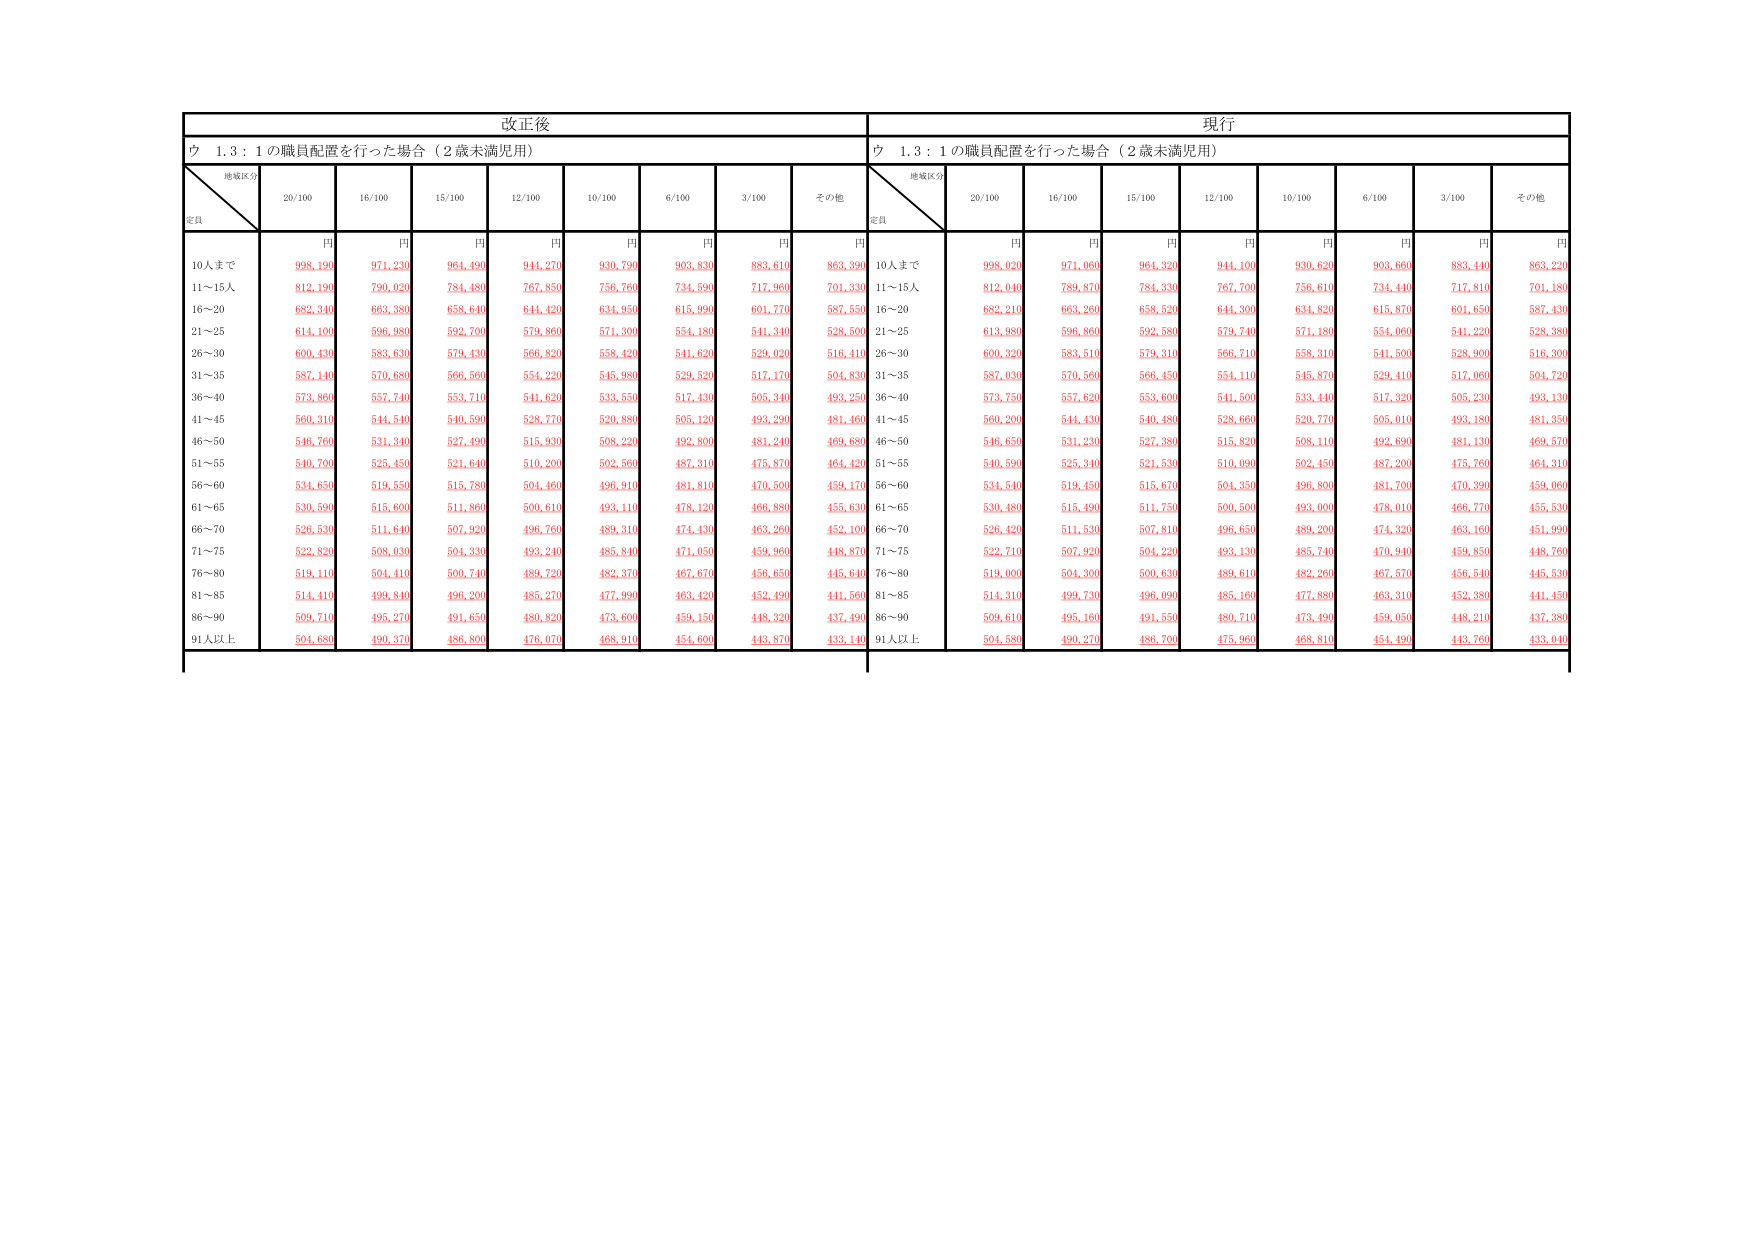
改正後
現行
ウ 1,3 : 1の職員配置を行った場合（2歳未満児用）
ウ 1,3 : 1の職員配置を行った場合（2歳未満児用）
地域区分
定員
20/100
16/100
15/100
12/100
10/100
6/100
3/100
その他
地域区分
定員
20/100
16/100
15/100
12/100
10/100
6/100
3/100
その他
円
円
円
円
円
円
円
円
円
円
円
円
円
円
円
円
円
円
10人まで
998,190
971,230
964,490
944,270
930,790
903,830
883,610
863,390
10人まで
998,020
971,060
964,320
944,100
930,620
903,660
883,440
863,220
11～15人
812,190
790,020
784,480
767,850
756,760
734,590
717,960
701,330
11～15人
812,040
789,870
784,330
767,700
756,610
734,440
717,810
701,180
16～20
682,340
663,380
658,640
644,420
634,950
615,990
601,770
587,550
16～20
682,210
663,260
658,520
644,300
634,820
615,870
601,650
587,430
21～25
614,100
596,980
592,700
579,860
571,300
554,180
541,340
528,500
21～25
613,980
596,860
592,580
579,740
571,180
554,060
541,220
528,380
26～30
600,430
583,630
579,430
566,820
558,420
541,620
529,020
516,410
26～30
600,320
583,510
579,310
566,710
558,310
541,500
528,900
516,300
31～35
587,140
570,680
566,560
554,220
545,980
529,520
517,170
504,830
31～35
587,030
570,560
566,450
554,110
545,870
529,410
517,060
504,720
36～40
573,860
557,740
553,710
541,620
533,550
517,430
505,340
493,250
36～40
573,750
557,620
553,600
541,500
533,440
517,320
505,230
493,130
41～45
560,310
544,540
540,590
528,770
520,880
505,120
493,290
481,460
41～45
560,200
544,430
540,480
528,660
520,770
505,010
493,180
481,350
46～50
546,760
531,340
527,490
515,930
508,220
492,800
481,240
469,680
46～50
546,650
531,230
527,380
515,820
508,110
492,690
481,130
469,570
51～55
540,700
525,450
521,640
510,200
502,560
487,310
475,870
464,420
51～55
540,590
525,340
521,530
510,090
502,450
487,200
475,760
464,310
56～60
534,650
519,550
515,780
504,460
496,910
481,810
470,500
459,170
56～60
534,540
519,450
515,670
504,350
496,800
481,700
470,390
459,060
61～65
530,590
515,600
511,860
500,610
493,110
478,120
466,880
455,630
61～65
530,480
515,490
511,750
500,500
493,000
478,010
466,770
455,530
66～70
526,530
511,640
507,920
496,760
489,310
474,430
463,260
452,100
66～70
526,420
511,530
507,810
496,650
489,200
474,320
463,160
451,990
71～75
522,820
508,030
504,330
493,240
485,840
471,050
459,960
448,870
71～75
522,710
507,920
504,220
493,130
485,740
470,940
459,850
448,760
76～80
519,110
504,440
500,740
489,720
482,370
467,670
456,650
445,640
76～80
519,000
504,300
500,630
489,610
482,260
467,570
456,540
445,530
81～85
514,410
499,840
496,200
485,270
477,990
463,420
452,490
441,560
81～85
514,310
499,730
496,090
485,160
477,880
463,310
452,380
441,450
86～90
509,710
495,270
491,650
480,820
473,600
459,150
448,320
437,490
86～90
509,610
495,160
491,550
480,710
473,490
459,050
448,210
437,380
91人以上
504,680
490,370
486,800
476,070
468,910
454,600
443,870
433,140
91人以上
504,580
490,270
486,700
475,960
468,810
454,490
443,760
433,040